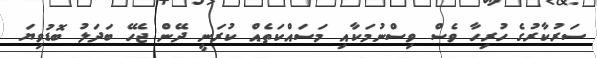
ސަރުކާރުގެ ހުރިހާ ވެސް ވިސްނުމަކާއި މަސައްކަތެއް ކުރަނީ ދޭން ޖެހޭ ބަދަލު ބޮޑުވިޔަ